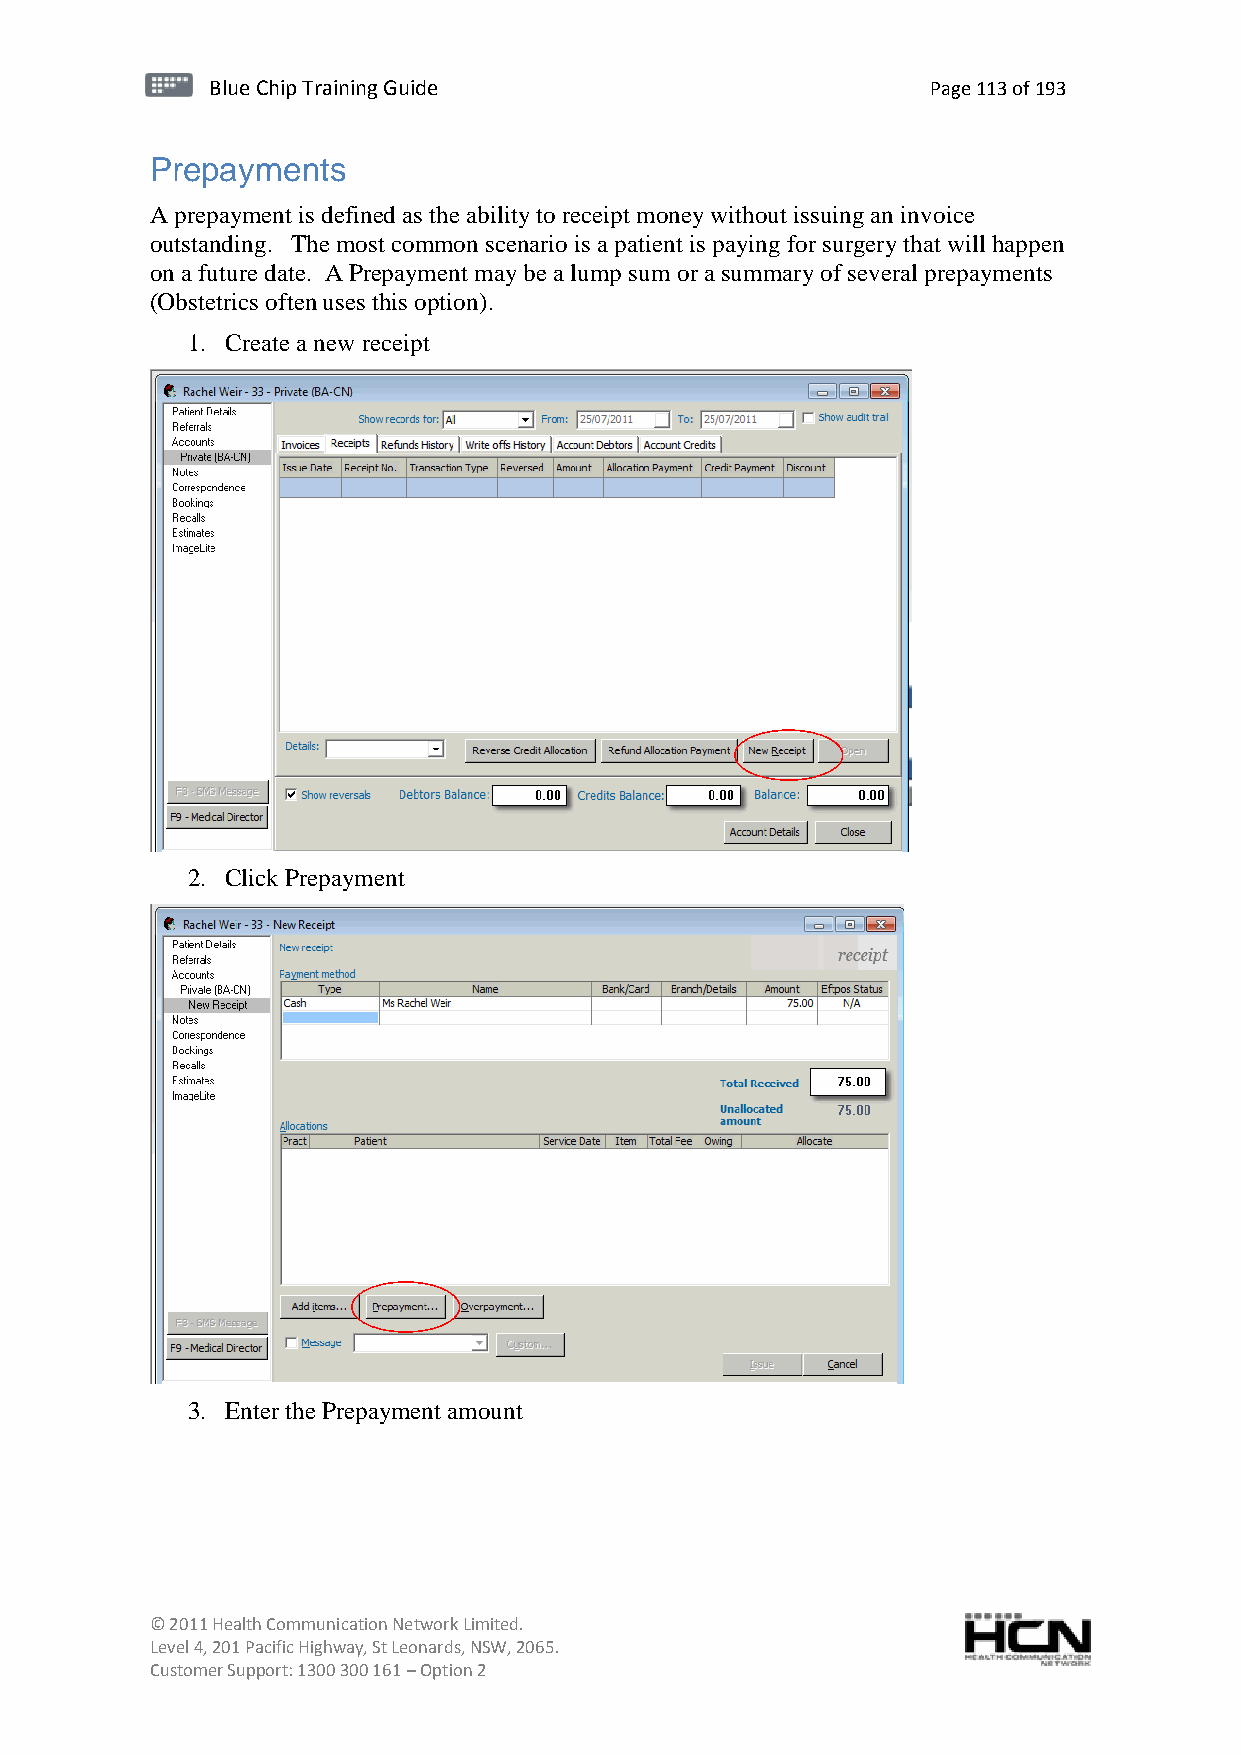
BBlluuee C Chihpi pTr Tairnainingi Gnugi dGeu ide Page 113 of 193
 Prepayments
 A prepayment is defined as the ability to receipt money without issuing an invoice
 outstanding. The most common scenario is a patient is paying for surgery that will happen
 on a future date. A Prepayment may be a lump sum or a summary of several prepayments
 (Obstetrics often uses this option).
 1. Create a new receipt
 2. Click Prepayment
 3. Enter the Prepayment amount
 © 2011 Health Communication Network Limited.
 Level 4, 201 Pacific Highway, St Leonards, NSW, 2065.
 Customer Support: 1300 300 161 – Option 2